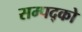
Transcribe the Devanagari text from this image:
सम्पद्को